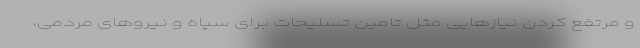
و مرتفع کردن نیازهایی مثل تامین تسلیحات برای سپاه و نیروهای مردمی،